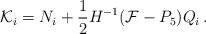
LaTeX: \begin{align*}{\cal K}_{i}={N}_{i}+ \frac{1}{2}H^{-1}({\cal F}-P_5) Q_i\,.\end{align*}